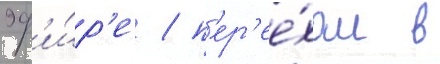
эф'и́р'е / п'ер'ее́хал в